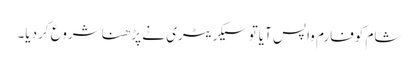
شام کوفارم واپس آیاتو سیکریٹری نے پڑھناشروع کردیا۔